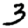
Digit: 3